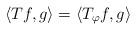
LaTeX: \begin{align*} \langle Tf, g \rangle = \langle T_\varphi f, g\rangle\end{align*}